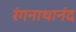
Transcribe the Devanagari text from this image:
रंगनाथानंद